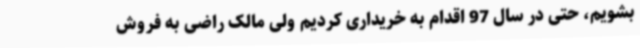
بشویم، حتی در سال 97 اقدام به خریداری کردیم ولی مالک راضی به فروش